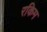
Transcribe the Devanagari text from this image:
रकिम